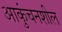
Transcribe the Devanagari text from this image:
आकुंचनशील